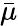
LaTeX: \displaystyle\bar{\mu}